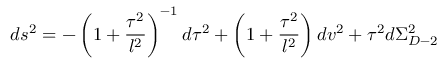
d s ^ { 2 } = - \left( 1 + \frac { \tau ^ { 2 } } { l ^ { 2 } } \right) ^ { - 1 } d \tau ^ { 2 } + \left( 1 + \frac { \tau ^ { 2 } } { l ^ { 2 } } \right) d v ^ { 2 } + \tau ^ { 2 } d \Sigma _ { D - 2 } ^ { 2 }